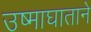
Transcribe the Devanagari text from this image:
उष्माघाताने